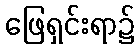
ဖြေရှင်းရာ၌